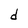
Character: d